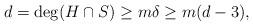
LaTeX: \begin{align*} d = \deg (H\cap S) \geq m\delta \geq m(d-3),\end{align*}